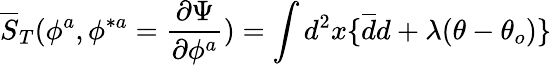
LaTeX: \overline{{S}}_{T}(\phi^{a},\phi^{\ast a}={\frac{\partial\Psi}{\partial\phi^{a}}})=\int d^{2}x\{ \overline{{d}}d+\lambda(\theta-\theta_{o})\}